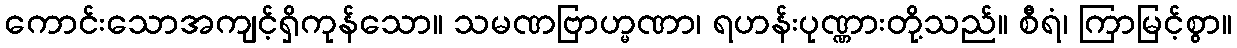
ကောင်းသောအကျင့်ရှိကုန်သော။ သမဏဗြာဟ္မဏာ၊ ရဟန်းပုဏ္ဏားတို့သည်။ စီရံ၊ ကြာမြင့်စွာ။